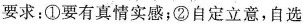
要求：①要有真情实感；②自定立意，自选